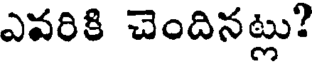
ఎవరికి చెందినట్లు?